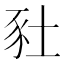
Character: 䝅